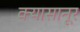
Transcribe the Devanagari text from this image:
क्यासानूर